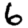
Digit: 6